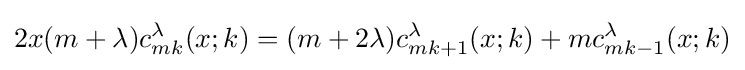
2x(m+\lambda )c_{mk}^{\lambda }(x;k)=(m+2\lambda )c_{mk+1}^{\lambda }(x;k)+mc_{mk-1}^{\lambda }(x;k)